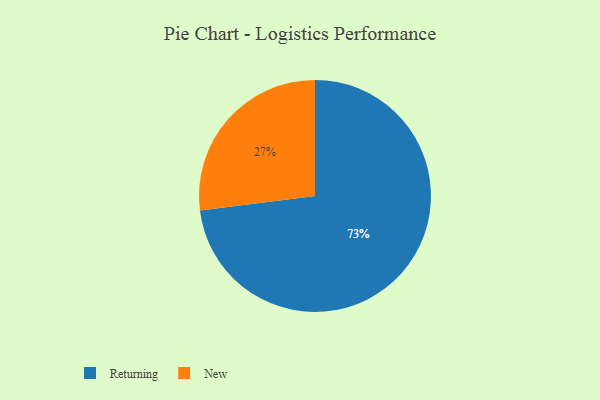
{"axis": {"x": "Category", "y": "Percentage"}, "legend": ["New", "Returning"], "data": [{"x": "New", "y": 27, "type": "New"}, {"x": "Returning", "y": 73, "type": "Returning"}]}